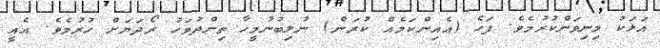
އަޅަކު މިނިވަންކުރުމެވެ. ފަހެ (އެއިންކަމެއް ކުރަން) ނުލިބުނުމީހާ ތިންދުވަހު ރޯދަޔަށް ހުރުމެވެ. އެއީ